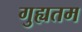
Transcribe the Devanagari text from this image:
गुह्यतम